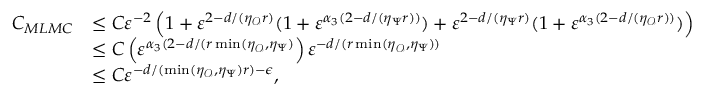
\begin{array} { r l } { C _ { M L M C } } & { \le C \ensuremath { \varepsilon } ^ { - 2 } \left( 1 + \ensuremath { \varepsilon } ^ { 2 - d / ( \eta _ { \mathcal { O } } r ) } ( 1 + \ensuremath { \varepsilon } ^ { \alpha _ { 3 } ( 2 - d / ( \eta _ { \Psi } r ) ) } ) + \ensuremath { \varepsilon } ^ { 2 - d / ( \eta _ { \Psi } r ) } ( 1 + \ensuremath { \varepsilon } ^ { \alpha _ { 3 } ( 2 - d / ( \eta _ { \mathcal { O } } r ) ) } ) \right) } \\ & { \le C \left( \ensuremath { \varepsilon } ^ { \alpha _ { 3 } ( 2 - d / ( r \operatorname* { m i n } ( \eta _ { \mathcal { O } } , \eta _ { \Psi } ) } \right) \ensuremath { \varepsilon } ^ { - d / ( r \operatorname* { m i n } ( \eta _ { \mathcal { O } } , \eta _ { \Psi } ) ) } } \\ & { \le C \ensuremath { \varepsilon } ^ { - d / ( \operatorname* { m i n } ( \eta _ { \mathcal { O } } , \eta _ { \Psi } ) r ) - \epsilon } , } \end{array}